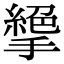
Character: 𢴭